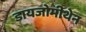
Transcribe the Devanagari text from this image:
डायजोमीथेन